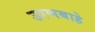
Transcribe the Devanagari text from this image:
उरणबाहे